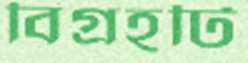
বিগ্রহটি